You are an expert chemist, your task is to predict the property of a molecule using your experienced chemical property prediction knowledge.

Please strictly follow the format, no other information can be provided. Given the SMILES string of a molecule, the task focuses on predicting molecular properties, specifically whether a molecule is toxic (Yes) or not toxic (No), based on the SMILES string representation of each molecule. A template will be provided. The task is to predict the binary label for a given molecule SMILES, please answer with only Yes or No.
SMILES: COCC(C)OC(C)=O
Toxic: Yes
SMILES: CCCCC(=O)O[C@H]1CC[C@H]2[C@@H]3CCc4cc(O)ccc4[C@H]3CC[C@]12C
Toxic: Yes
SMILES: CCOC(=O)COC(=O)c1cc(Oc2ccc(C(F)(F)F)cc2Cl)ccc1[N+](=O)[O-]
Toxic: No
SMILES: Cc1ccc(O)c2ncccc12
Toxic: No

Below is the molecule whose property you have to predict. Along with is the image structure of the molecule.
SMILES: CCC(C)Cl
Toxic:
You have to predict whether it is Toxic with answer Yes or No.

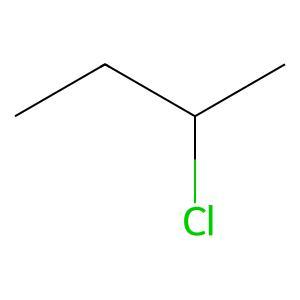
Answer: No